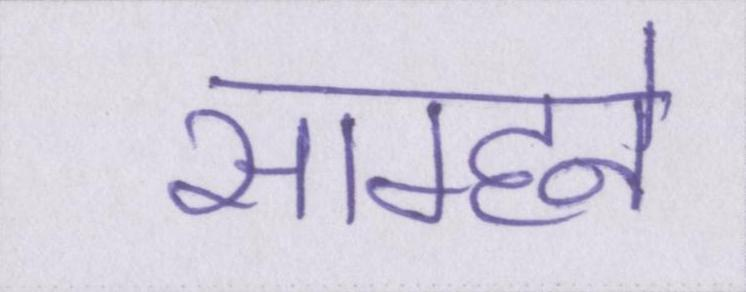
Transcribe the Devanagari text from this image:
साम्हने